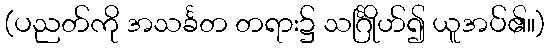
(ပညတ်ကို အသင်္ခတ တရား၌ သင်္ဂြိုဟ်၍ ယူအပ်၏။)